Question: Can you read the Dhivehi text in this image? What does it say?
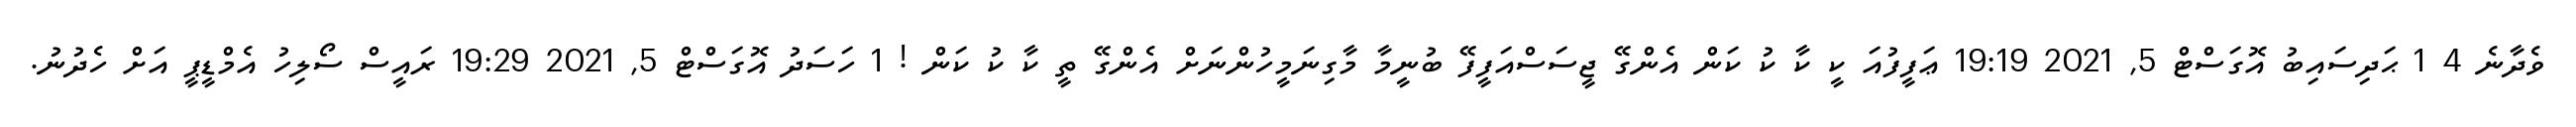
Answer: ވެދާނެ 4 1 ޙަދިސައިބު އޮގަސްޓް 5, 2021 19:19 ޢަފީފުއަ ކީ ކާ ކު ކަން އެންގޭ ޖީސަސްއަފީފޭ ބުނީމާ މާގިނަމީހުންނަށް އެންގޭ ތީ ކާ ކު ކަން ! 1 ހަސަދު އޮގަސްޓް 5, 2021 19:29 ރައީސް ސޯލިހު އެމްޑީޕީ އަށް ހެދުނު.